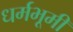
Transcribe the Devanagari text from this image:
धर्मभूमी